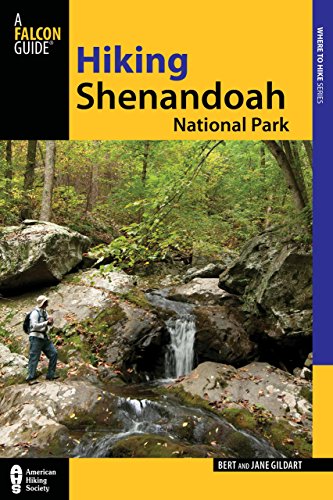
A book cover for Hiking Shenandoah National Park (Regional Hiking Series); Jane Gildart; Sports & Outdoors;